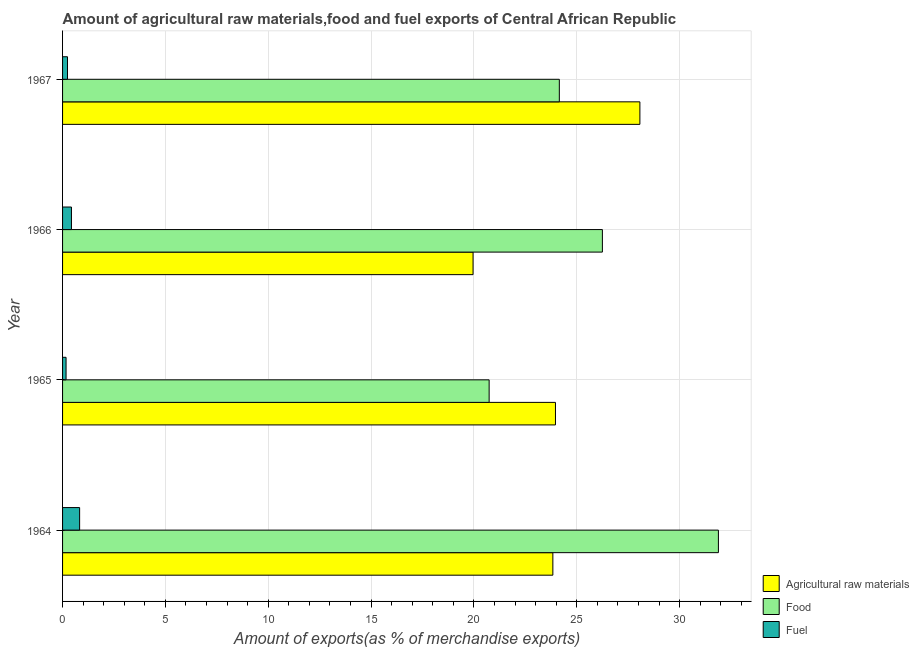
| Year | Agricultural raw materials | Food | Fuel |
 | --- | --- | --- | --- |
 | 1964 | 23.8 | 31.9 | 0.829 |
 | 1965 | 24 | 20.7 | 0.17 |
 | 1966 | 20 | 26.2 | 0.432 |
 | 1967 | 28.1 | 24.2 | 0.24 |